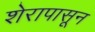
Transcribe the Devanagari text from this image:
शेरापासून